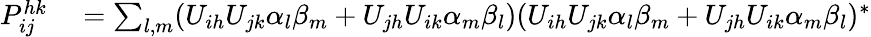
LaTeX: \begin{array}{rl}{P_{ij}^{hk}}&{{}=\sum_{l,m}(U_{ih}U_{jk}\alpha_{l}\beta_{m}+U_{jh}U_{ik}\alpha_{m}\beta_{l})(U_{ih}U_{jk}\alpha_{l}\beta_{m}+U_{jh}U_{ik}\alpha_{m}\beta_{l})^{*}}\end{array}